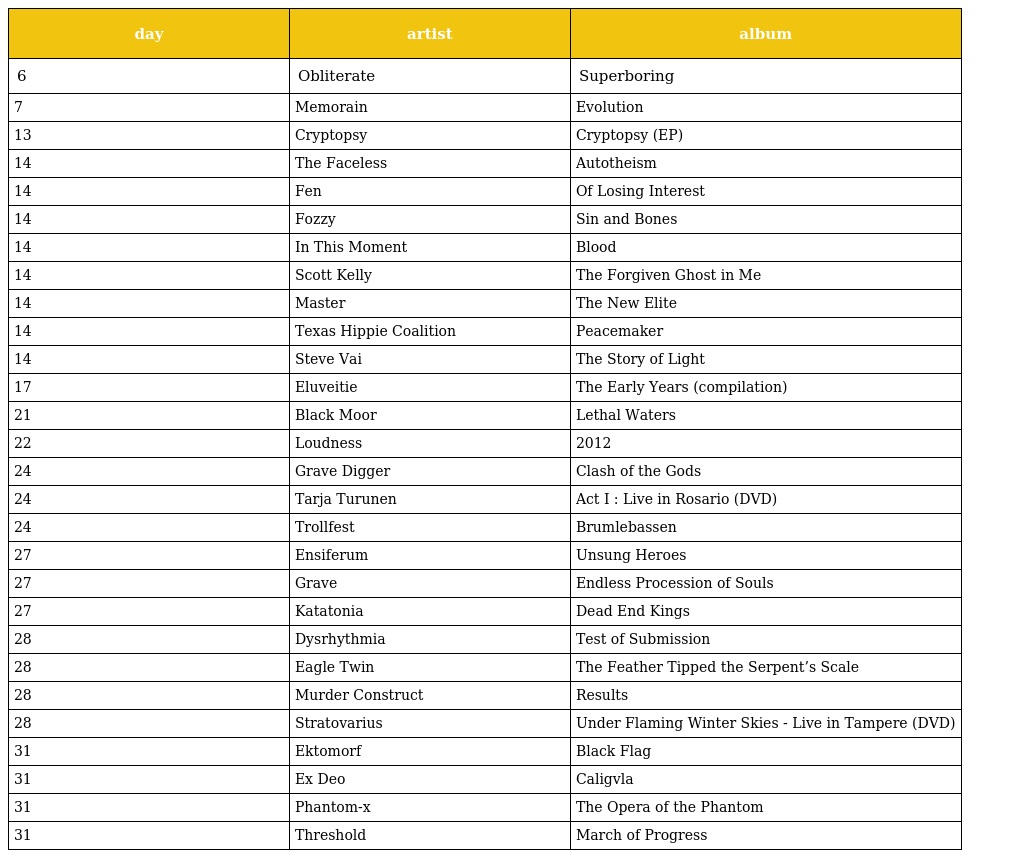
| day | artist | album |
 | --- | --- | --- |
 | 6 | Obliterate | Superboring |
 | 7 | Memorain | Evolution |
 | 13 | Cryptopsy | Cryptopsy (EP) |
 | 14 | The Faceless | Autotheism |
 | 14 | Fen | Of Losing Interest |
 | 14 | Fozzy | Sin and Bones |
 | 14 | In This Moment | Blood |
 | 14 | Scott Kelly | The Forgiven Ghost in Me |
 | 14 | Master | The New Elite |
 | 14 | Texas Hippie Coalition | Peacemaker |
 | 14 | Steve Vai | The Story of Light |
 | 17 | Eluveitie | The Early Years (compilation) |
 | 21 | Black Moor | Lethal Waters |
 | 22 | Loudness | 2012 |
 | 24 | Grave Digger | Clash of the Gods |
 | 24 | Tarja Turunen | Act I : Live in Rosario (DVD) |
 | 24 | Trollfest | Brumlebassen |
 | 27 | Ensiferum | Unsung Heroes |
 | 27 | Grave | Endless Procession of Souls |
 | 27 | Katatonia | Dead End Kings |
 | 28 | Dysrhythmia | Test of Submission |
 | 28 | Eagle Twin | The Feather Tipped the Serpent’s Scale |
 | 28 | Murder Construct | Results |
 | 28 | Stratovarius | Under Flaming Winter Skies - Live in Tampere (DVD) |
 | 31 | Ektomorf | Black Flag |
 | 31 | Ex Deo | Caligvla |
 | 31 | Phantom-x | The Opera of the Phantom |
 | 31 | Threshold | March of Progress |